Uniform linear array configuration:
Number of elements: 16
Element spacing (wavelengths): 0.75
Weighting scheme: hann
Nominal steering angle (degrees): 60
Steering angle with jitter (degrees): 58.847
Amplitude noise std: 0.05
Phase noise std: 0.05

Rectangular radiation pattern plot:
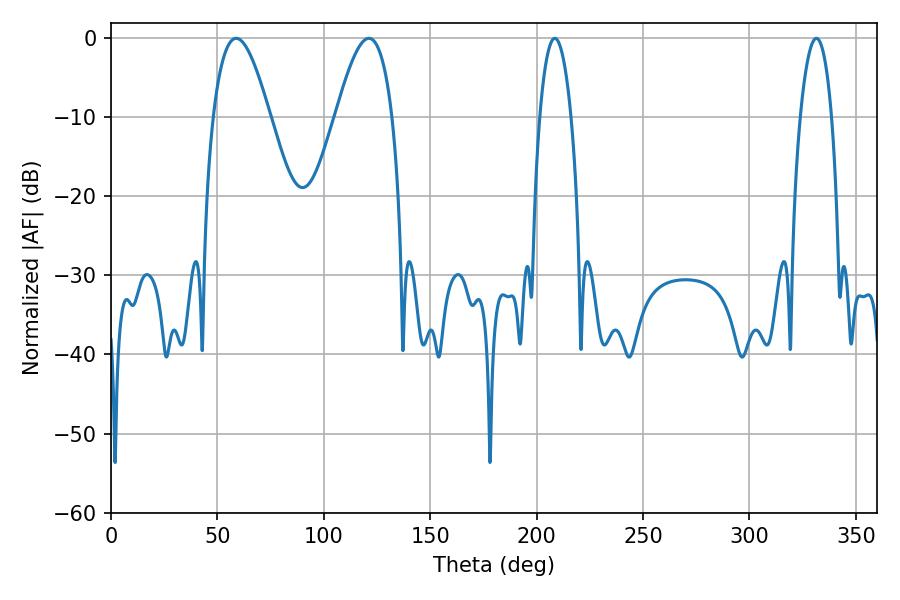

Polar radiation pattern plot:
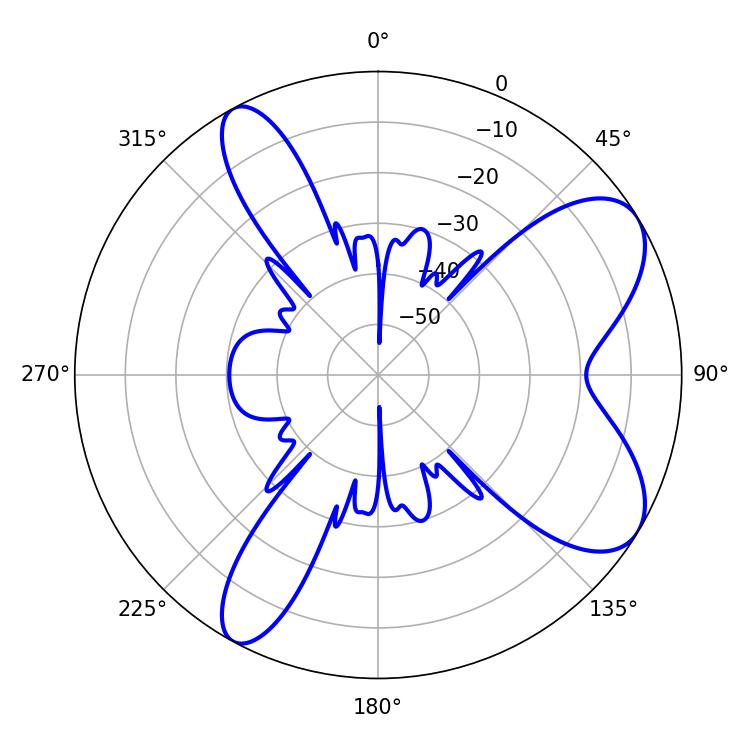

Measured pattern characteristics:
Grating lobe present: TRUE
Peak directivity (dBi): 7.802
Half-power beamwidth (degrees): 14.4
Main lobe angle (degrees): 58.86